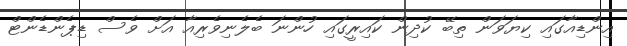
އިންޑިއާގައި ކިޔަވަން ތިބޭ ކުދިން ކައިރީގައި ހުންނަ ބެލެނިވެރިއާ އަށް ވެސް ޑިޕެންޑެންޓް